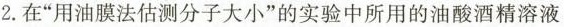
2.在”用油膜法估测分子大小”的实验中所用的油酸酒精溶液